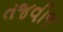
તજવીજ